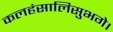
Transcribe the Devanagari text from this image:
कलहंसालिसुभगे।